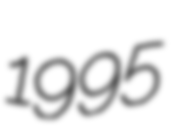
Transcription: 1995